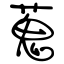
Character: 蒐